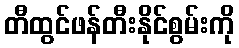
တီထွင်ဖန်တီးနိုင်စွမ်းကို